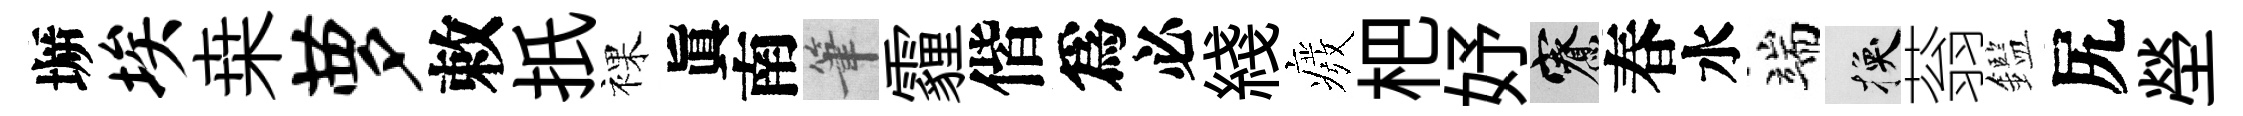
󶱲埃桒萝敕扺裸眞南筆霾偕爲必綫癈杷妤寮春水端换蓊鑑尻塋